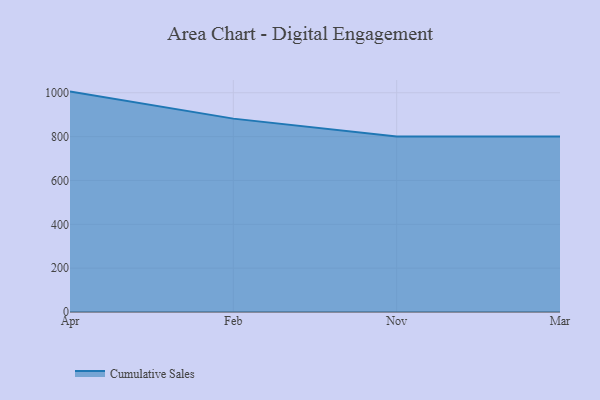
{"axis": {"x": "Month", "y": "Churn Rate (%)"}, "legend": ["Cumulative Sales"], "data": [{"x": "Apr", "y": 1005.3, "type": "Cumulative Sales"}, {"x": "Feb", "y": 882.0, "type": "Cumulative Sales"}, {"x": "Nov", "y": 800, "type": "Cumulative Sales"}, {"x": "Mar", "y": 800, "type": "Cumulative Sales"}]}